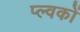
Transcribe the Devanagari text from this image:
प्ल्वकों